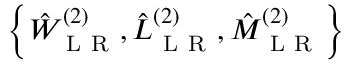
\left\{ \hat { W } _ { \mathrm { ~ L ~ R ~ } } ^ { ( 2 ) } , \hat { L } _ { \mathrm { ~ L ~ R ~ } } ^ { ( 2 ) } , \hat { M } _ { \mathrm { ~ L ~ R ~ } } ^ { ( 2 ) } \right\}